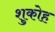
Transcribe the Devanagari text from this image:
शुकोह